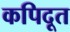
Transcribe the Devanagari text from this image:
कपिदूत